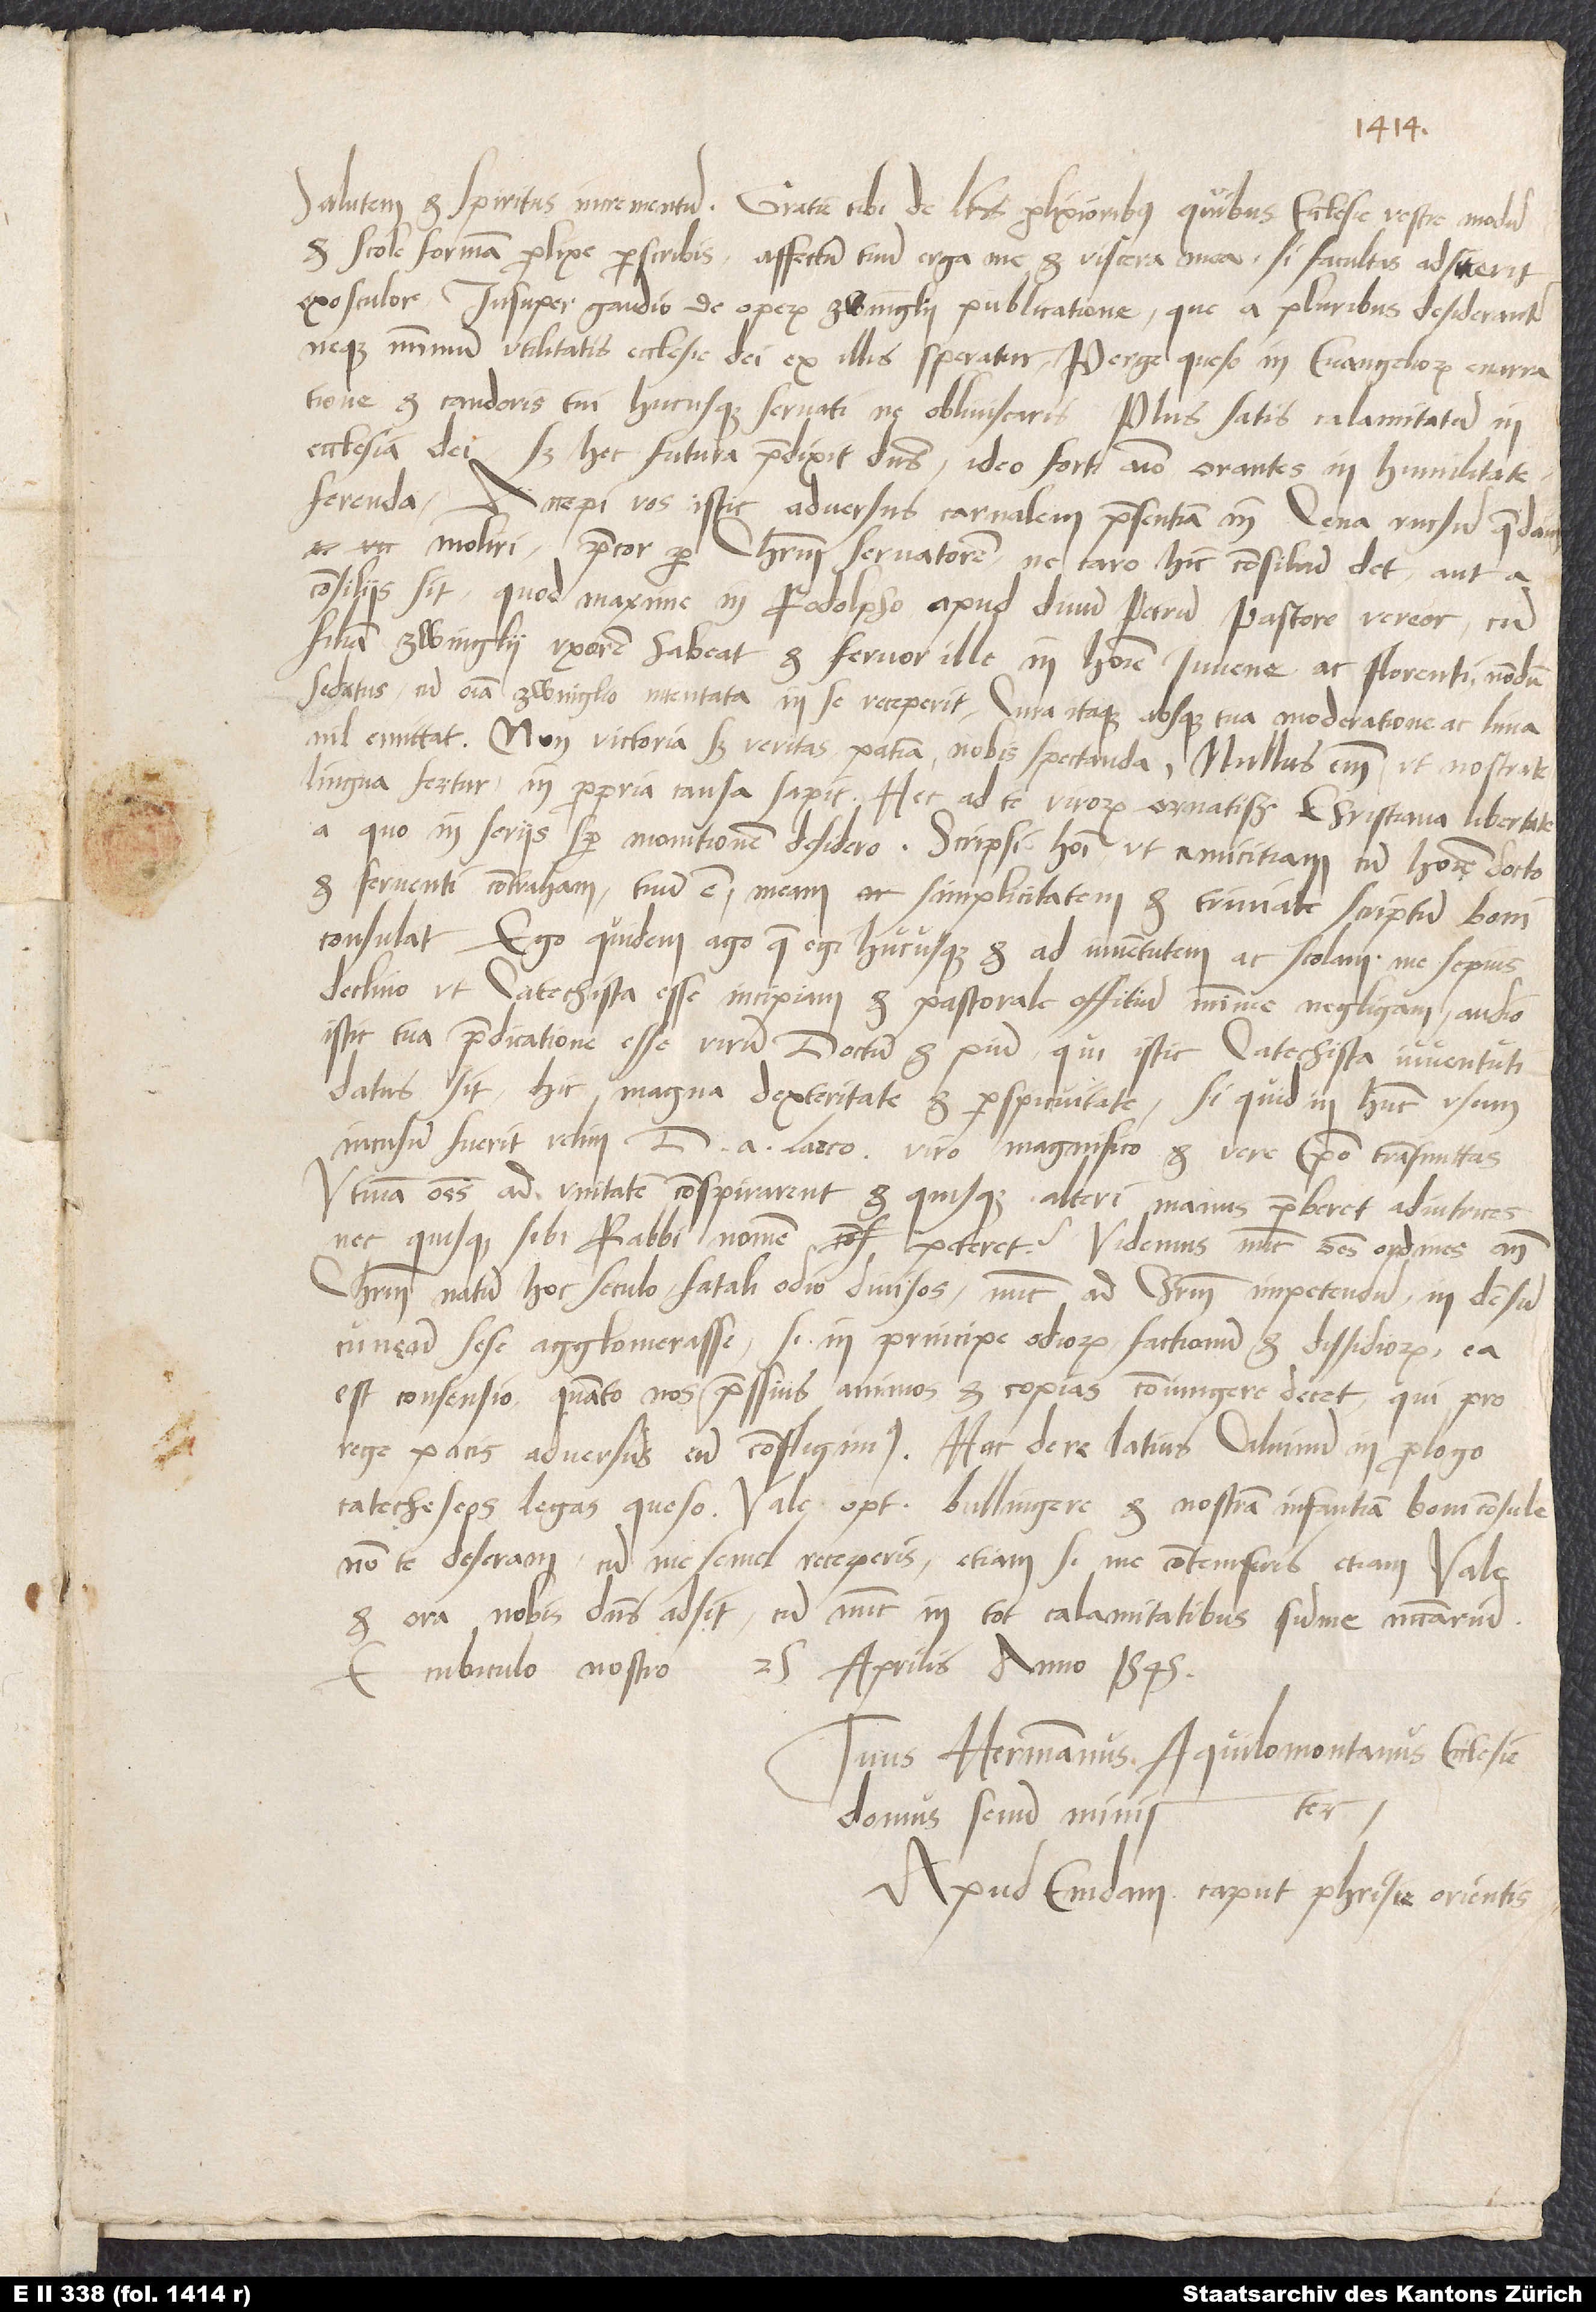
Salutem et spiritus incrementum. Gratum tibi de literis prolixioribus, quibus ecclesie vestre modum
et scole formam prolixe perscribis. Affectum tuum erga me et viscera mea, si facultas adfuerit,
exosculor. Insuper gaudeo de operum Zwinglii publicatione, que a pluribus desiderantur
neque minimum utilitatis ecclesie dei ex illis speratur. Perge, queso, in evangeliorum enarratione
et candoris tui hucusque servati ne obliviscaris. Plus satis calamitatum in
ecclesia dei; sed hec futura praedixit dominus. Ideo forti animo orantes in humilitate
ferenda. Accepi vos isthic adversus carnalem praesentiam in cena rursum quedam
moliri. Precor per Christum servatorem, ne caro hic consilium det aut a
consiliis sit; quod maxime in Rodolpho, apud divum Petrum pastore, vereor, cum
filiam Zwinglii uxorem habeat et fervor ille in homine iuvene ac florenti nondum
sedatus, cum omnia Zvinglio intentata in se receperit. Cura itaque, absque tua moderatione ac lima
nil emittat. Non victoria, sed veritas patientia nobis spectanda. Nullus enim, ut nostrate
lingua fertur, in propria causa sapit. Hec ad te, virorum ornatissime, christiana libertate,
a quo in seriis semper monitionem desidero. Scripsi homini, ut amicitiam cum homine docto
et ferventi contraham; tuum est, meam simplicitatem et triviale scriptum boni
consulat. Ego quidem ago, que egi hucusque, et ad iuventutem ac scolam me sepius
declino, ut catechista esse incipiam et pastorale offitium minime negligam. Audio
istic tua predicatione esse virum doctum et pium, qui istic catechista iuventuti
datus sit; hic magna dexteritate et perspicuitate. Si quid in hunc usum
incusum fuerit, velim d. a Lasco, viro magnifico et vere episcopo, transmittas.
Utinam omnes ad unitatem conspirarent et quisque alteri manus preberet adiutrices
nec quisque sibi rabbi nomen peteret! Videmus nunc omnes ordines ante
Christum natum hoc seculo fatali odio divisos, nunc ad Christum impetendum in densum
cuneum sese agglomerasse. Si in principe odiorum, factionum et dissidiorum ea
est consensio, quanto nos pressius animos et copias coniungere decet, qui pro
rege pacis adversus eum confligimus! Hac de re latius Calvinum in prologo
Catecheseos legas, quaeso. Vale, optime Bullingere, et nostram infantiam boni consule.
Non te deseram, cum me semel receperis, etiam si me contemseris. Etiam vale
et ora, nobis dominus adsit, cum nunc in tot calamitatibus summe necessarium.
E cubiculo nostro, 25. aprilis anno 1545.
Tuus Hermannus Aquilomontanus, ecclesie
Domus Senum minister
apud Emdam, caput Phrisie Orientis.